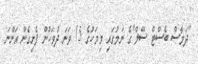
"ދަމާސް ބެސްޓް ސޭލް"ގެ ނަމުގައި މިމަހުގެ 15 ވަނަ ދުވަހުން ފެށިގެން އަންނަ